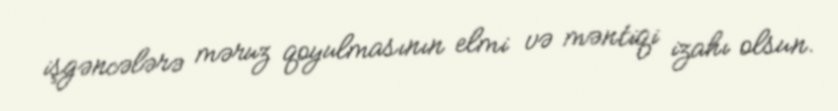
işgəncələrə məruz qoyulmasının elmi və məntiqi izahı olsun.